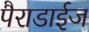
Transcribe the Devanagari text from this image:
पैराडाईज